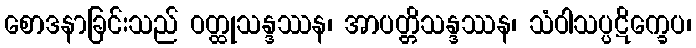
စောဒနာခြင်းသည် ဝတ္ထုသန္ဒဿန၊ အာပတ္တိသန္ဒဿန၊ သံဝါသပ္ပဋိက္ခေပ၊